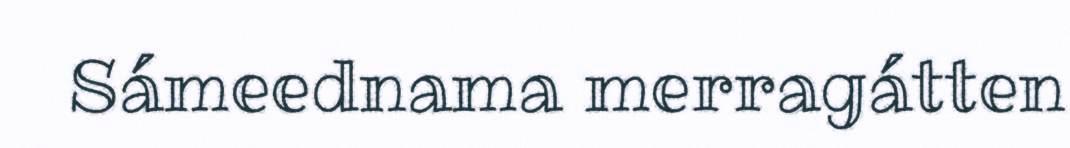
Sámeednama merragátten